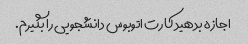
اجازه بدهید کارت اتوبوس دانشجویی را بگیرم.